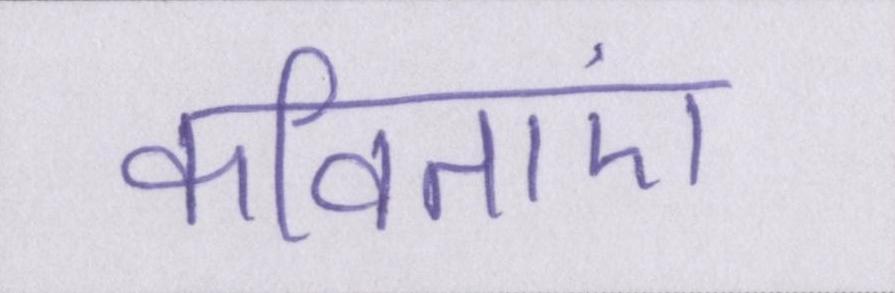
कविताएं